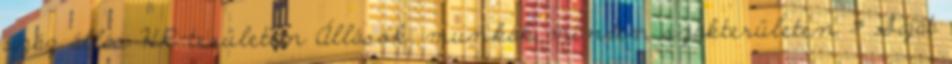
száz állás HR-területen Állások, munkák minden szakterületen » Saját